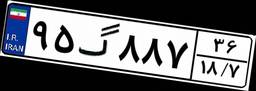
۹۵گ۸۸۷۳۶